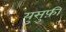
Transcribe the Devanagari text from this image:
युसुफ़ी